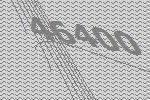
46400